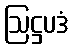
ဩဋ္ဌပဒံ